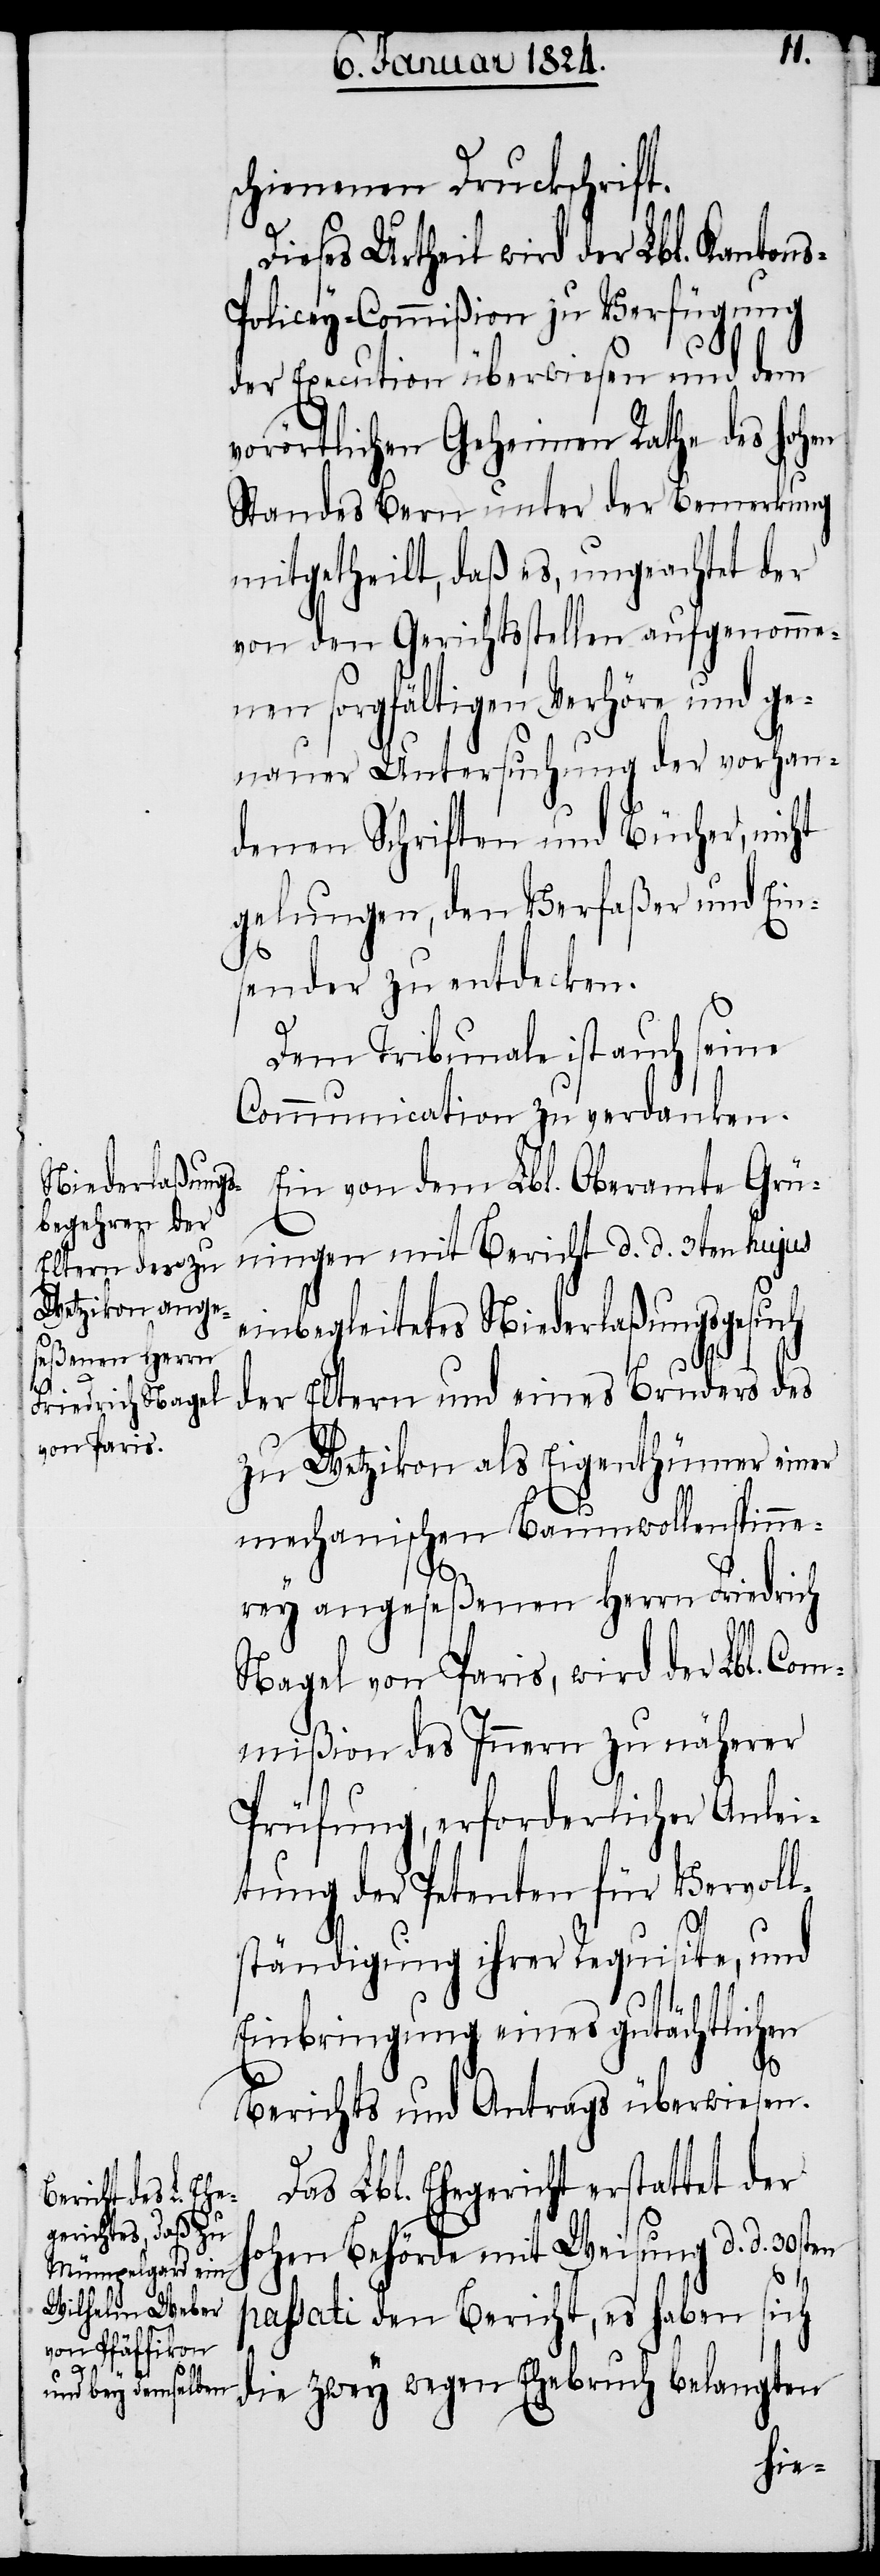
schienen Druckschrift.
Dieses Urtheil wird der Lbl. Kantons-P¬
olicey-Commißion zu Verfügung
der Execution überwiesen und dem
vorörtlichen Geheimen Rathe des hohen
Standes Bern unter der Bemerkung
mitgetheilt, daß es, ungeachtet der
von den Gerichtsstellen aufgenomme¬
nen sorgfältigen Verhöre und ge¬
nauer Untersuchung der vorhan¬
denen Schriften und Bücher, nicht
gelungen, den Verfaßer und Ein¬
sender zu entdecken.
Dem Tribunale ist auch seine
Communication zu verdanken.
Ein von dem Lbl. Oberamte Grü¬
ningen mit Bericht d. d. 3ten hujus
einbegleitetes Niederlaßungsgesuch
der Eltern und eines Bruders des
zu Wetzikon als Eigenthümer einer
mechanischen Baumwollenspinne¬
rey angeseßenen Herrn Friedrich
Nagel von Paris, wird der Lbl. Com¬
mißion des Innern zu näherer
Prüfung, erforderlicher Anlei¬
tung der Petenten für Vervoll¬
ständigung ihrer requisite, und
Einbringung eines gutächtlichen
Berichts und Antrags überwiesen.
Das Lbl. Ehegericht erstattet der
hohen Behörde mit Weisung d. d. 30sten
passati den Bericht, es haben sich
die zwey wegen Ehebruch belangten